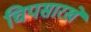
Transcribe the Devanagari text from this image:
चिपसारखे